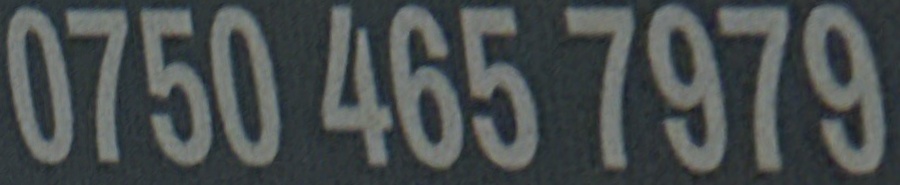
0750 465 7979